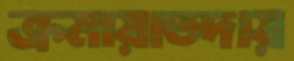
ক্রমায়াতদায়